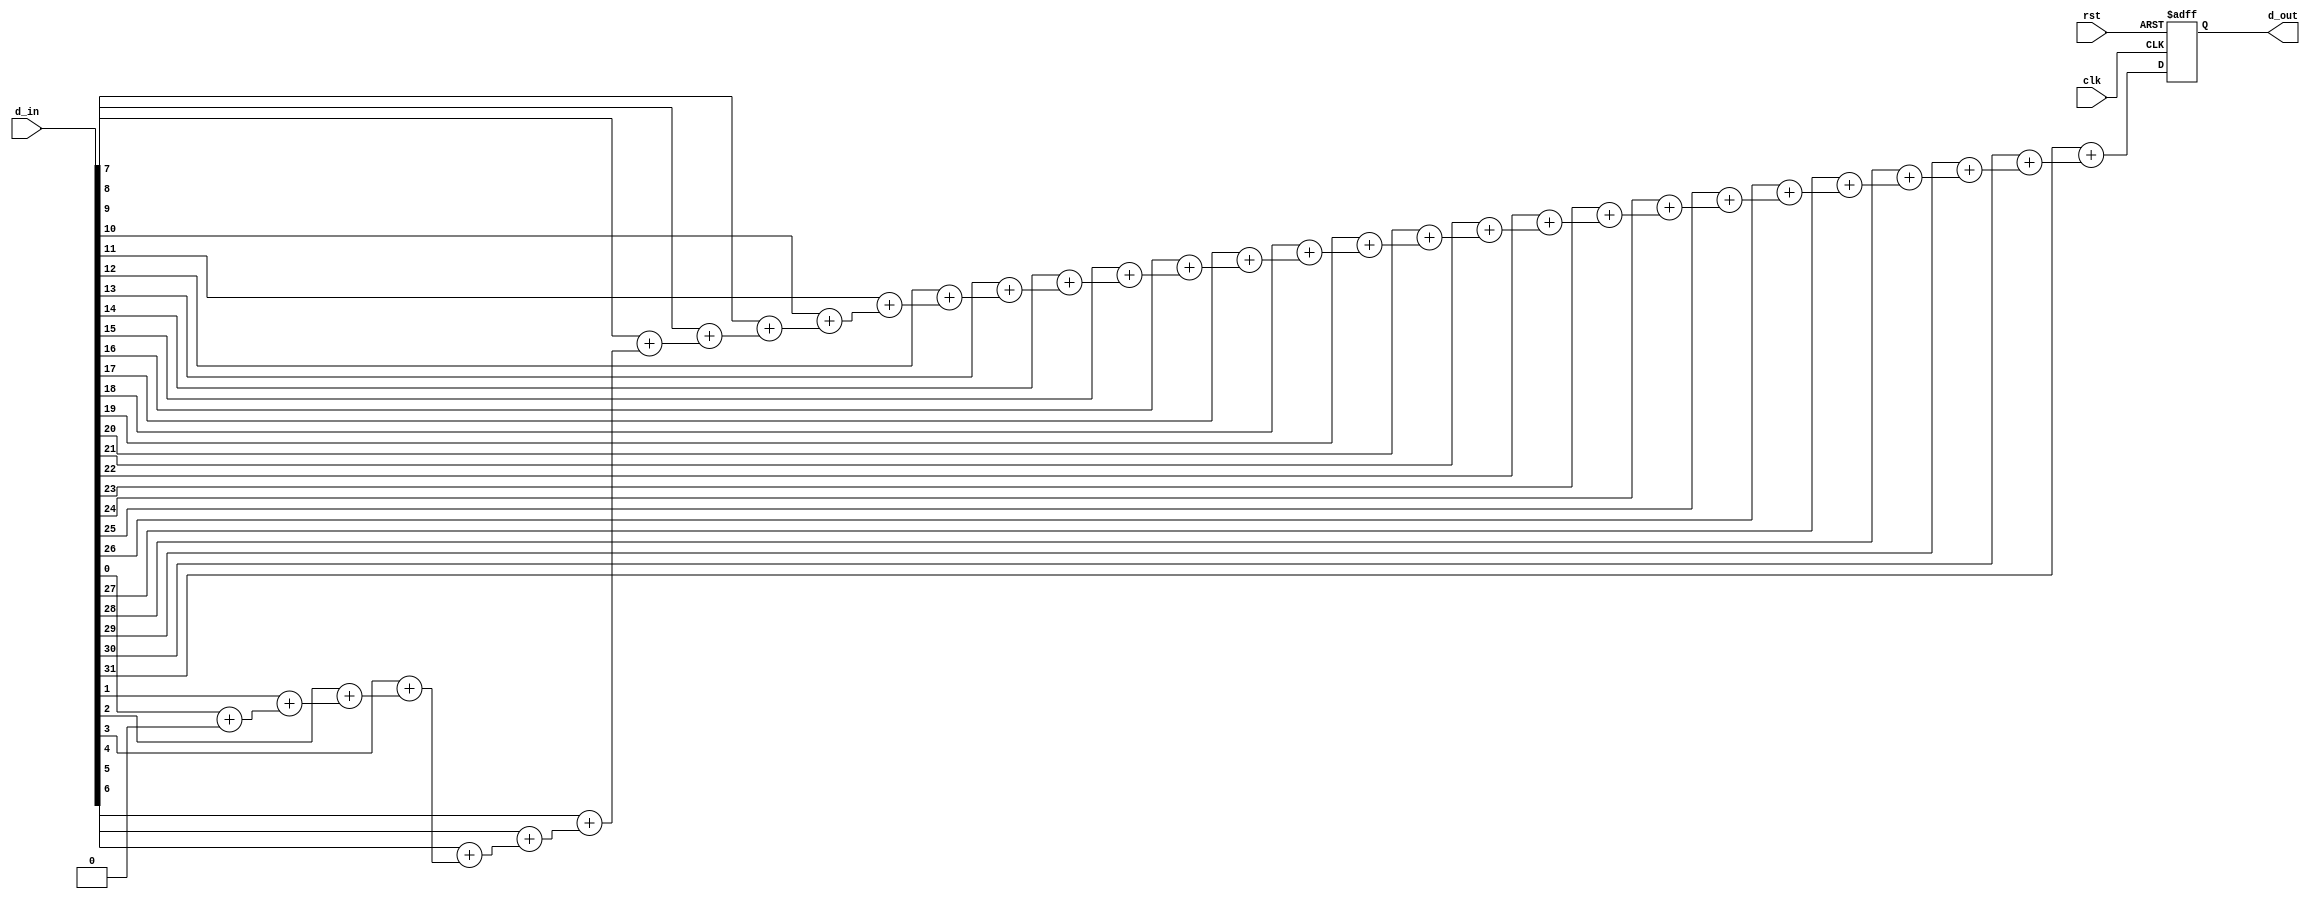
module generic_count_1#(
parameter WIDTH = 32 ,
parameter DEPTH = $clog2(WIDTH) 
 ) 
(

input [WIDTH-1 : 0] d_in,
input clk,rst,
output reg [DEPTH-1: 0] d_out

);

 reg [DEPTH-1: 0] add_q;
 integer i;


 always @(*)
 begin
        add_q = {DEPTH{1'b0}};
    for(i=0; i<WIDTH; i = i+1)
        begin
        add_q = d_in[i] + add_q; 
        end
 end



always @(posedge clk or posedge rst) 
begin
   if(rst)
    begin
        d_out <= {DEPTH{1'b0}};
    end
    else
        d_out <= add_q;

end


endmodule